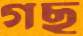
গছ